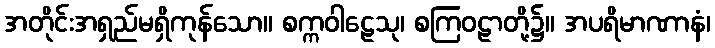
အတိုင်းအရှည်မရှိကုန်သော။ စက္ကဝါဠေသု၊ စကြဝဠာတို့၌။ အပရိမာဏာနံ၊